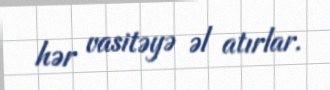
hər vasitəyə əl atırlar.